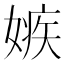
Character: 嫉